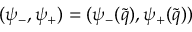
( \psi _ { - } , \psi _ { + } ) = ( \psi _ { - } ( \tilde { q } ) , \psi _ { + } ( \tilde { q } ) )